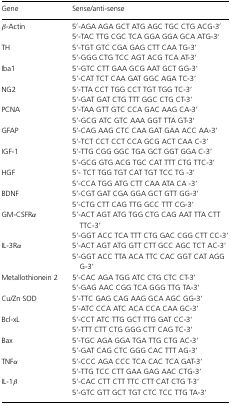
<table><thead><tr><td><b>Gene</b></td><td><b>Sense/anti-sense</b></td></tr></thead><tbody><tr><td>β-Actin</td><td>5′-AGA AGA GCT ATG AGC TGC CTG ACG-3′</td></tr><tr><td></td><td>5′-TAC TTG CGC TCA GGA GGA GCA ATG-3′</td></tr><tr><td>TH</td><td>5′-TGT GTC CGA GAG CTT CAA TG-3′</td></tr><tr><td></td><td>5′-GGG CTG TCC AGT ACG TCA AT-3′</td></tr><tr><td>Iba1</td><td>5′-GTC CTT GAA GCG AAT GCT GG-3′</td></tr><tr><td></td><td>5′-CAT TCT CAA GAT GGC AGA TC-3′</td></tr><tr><td>NG2</td><td>5′-TTA CCT TGG CCT TGT TGG TC-3′</td></tr><tr><td></td><td>5′-GAT GAT CTG TTT GGC CTG CT-3′</td></tr><tr><td>PCNA</td><td>5′-TAA GTT GTC CCA GAC AAG CA-3′</td></tr><tr><td></td><td>5′-GCG ATC GTC AAA GGT TTA GT-3′</td></tr><tr><td>GFAP</td><td>5′-CAG AAG CTC CAA GAT GAA ACC AA-3′</td></tr><tr><td></td><td>5′-TCT CCT CCT CCA GCG ACT CAA C-3′</td></tr><tr><td>IGF-1</td><td>5′-TTG CGG GGC TGA GCT GGT GGA C-3′</td></tr><tr><td></td><td>5′-GCG GTG ACG TGC CAT TTT CTG TTC-3′</td></tr><tr><td>HGF</td><td>5′- TCT TGG TGT CAT TGT TCC TG -3′</td></tr><tr><td></td><td>5′-CCA TGG ATG CTT CAA ATA CA -3′</td></tr><tr><td>BDNF</td><td>5′-CGT GAT CGA GGA GCT GTT GG-3′</td></tr><tr><td></td><td>5′-CTG CTT CAG TTG GCC TTT CG-3′</td></tr><tr><td>GM-CSFRα</td><td>5′-ACT AGT ATG TGG CTG CAG AAT TTA CTT TTC-3′</td></tr><tr><td></td><td>5′-GGT ACC TCA TTT CTG GAC CGG CTT CC-3′</td></tr><tr><td>IL-3Rα</td><td>5′-ACT AGT ATG GTT CTT GCC AGC TCT AC-3′</td></tr><tr><td></td><td>5′-GGT ACC TTA ACA TTC CAC GGT CAT AGG G-3′</td></tr><tr><td>Metallothionein 2</td><td>5′-CAC AGA TGG ATC CTG CTC CT-3′</td></tr><tr><td></td><td>5′-GAG AAC CGG TCA GGG TTG TA-3′</td></tr><tr><td>Cu/Zn SOD</td><td>5′-TTC GAG CAG AAG GCA AGC GG-3′</td></tr><tr><td></td><td>5′-ATC CCA ATC ACA CCA CAA GC-3′</td></tr><tr><td>Bcl-xL</td><td>5′-CCT ATC TTG GCT TTG GAT CC-3′</td></tr><tr><td></td><td>5′-TTT CTT CTG GGG CTT CAG TC-3′</td></tr><tr><td>Bax</td><td>5′-TGC AGA GGA TGA TTG CTG AC-3′</td></tr><tr><td></td><td>5′-GAT CAG CTC GGG CAC TTT AG-3′</td></tr><tr><td>TNFα</td><td>5′-CCC AGA CCC TCA CAC TCA GAT-3′</td></tr><tr><td></td><td>5′-TTG TCC CTT GAA GAG AAC CTG-3′</td></tr><tr><td>IL-1β</td><td>5′-CAC CTT CTT TTC CTT CAT CTG T-3′</td></tr><tr><td></td><td>5′-GTC GTT GCT TGT CTC TCC TTG TA-3′</td></tr></tbody></table>